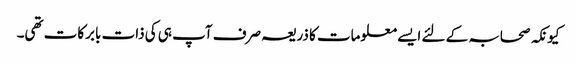
کیونکہ صحابہ کے لئے ایسے معلومات کا ذریعہ صرف آپ ہی کی ذات بابرکات تھی۔